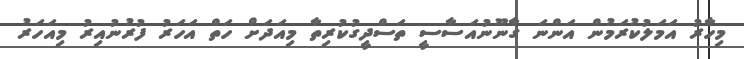
މިހާރު އަމަލުކުރަމުން އަންނަ ގާނޫނުއަސާސީ ތަސްދީގުކުރިތާ މިއަދަށް ހަތް އަހަރު ފުރުނުއިރު މިއަހަރު